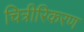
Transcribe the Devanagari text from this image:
चित्रीरिकरण